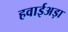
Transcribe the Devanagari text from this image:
हवाईअड़ा